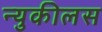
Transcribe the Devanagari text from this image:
न्युकीलस